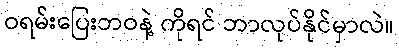
ဝရမ်းပြေးဘဝနဲ့ ကိုရင် ဘာလုပ်နိုင်မှာလဲ။